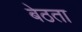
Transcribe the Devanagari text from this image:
बेठता